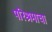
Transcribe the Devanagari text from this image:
परिश्रमाचा